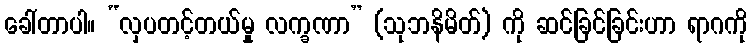
ခေါ်တာပါ။ “လှပတင့်တယ်မှု လက္ခဏာ” (သုဘနိမိတ်) ကို ဆင်ခြင်ခြင်းဟာ ရာဂကို